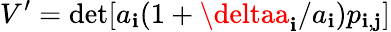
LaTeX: V^{\prime}=\operatorname*{det}[a_{\mathbf{i}}(1+{\deltaa_{\mathbf{i}}}/a_{\mathbf{i}})p_{\mathbf{i},\mathbf{j}}]